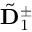
\tilde { \bf D } _ { 1 } ^ { \pm }